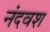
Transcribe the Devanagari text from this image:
नंदवश